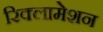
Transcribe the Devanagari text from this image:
रिक्लामेशन